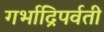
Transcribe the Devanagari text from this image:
गर्भाद्रिपर्वती